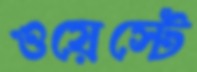
ওয়েস্টে